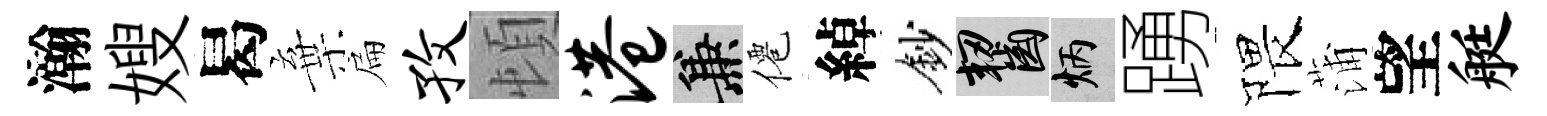
瀚嫂曷棄扁孜頓港兼僊綽鈔齧炳踴隈蒲望艇